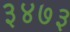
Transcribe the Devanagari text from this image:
३४७३